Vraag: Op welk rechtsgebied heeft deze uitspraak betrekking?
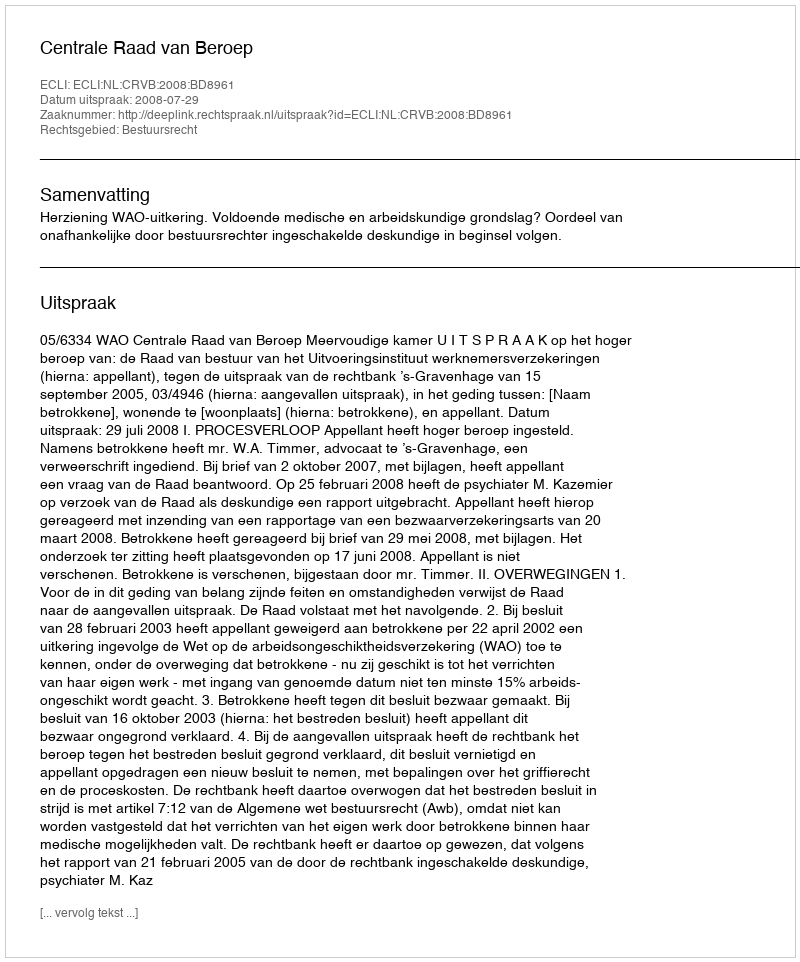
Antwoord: Bestuursrecht